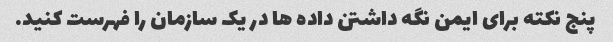
پنج نکته برای ایمن نگه داشتن داده ها در یک سازمان را فهرست کنید.